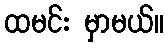
ထမင်း မှာမယ်။